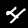
Digit: 4